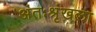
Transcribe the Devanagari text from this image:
अंतःश्रृंखला